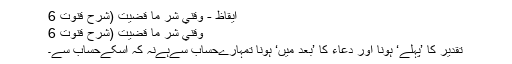
ايقاظ - وَقِنِي شَرَّ مَا قَضَيْتَ (شرح قنوت 6
وَقِنِي شَرَّ مَا قَضَيْتَ (شرح قنوت 6
تقدیر کا ’پہلے‘ ہونا اور دعاء کا ’بعد میں‘ ہونا تمہارےحساب سےہےنہ کہ اُسکےحساب سے۔